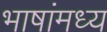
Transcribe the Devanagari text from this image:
भाषांमध्य